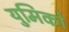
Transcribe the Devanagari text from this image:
युमिको